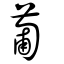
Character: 葡